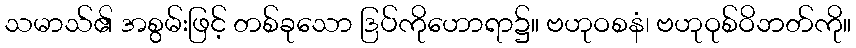
သမာသ်၏ အစွမ်းဖြင့် တစ်ခုသော ဒြပ်ကိုဟောရာ၌။ ဗဟုဝစနံ၊ ဗဟုဝုစ်ဝိဘတ်ကို။